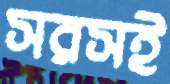
সরসই